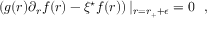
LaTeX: \left( g ( r ) \partial _ { r } f ( r ) - \xi ^ { \star } f ( r ) \right) | _ { r = r _ { + } + \epsilon } = 0 ~ ~ ,